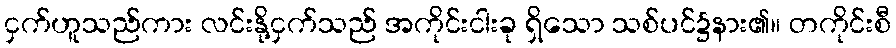
ငှက်ဟူသည်ကား လင်းနို့ငှက်သည် အကိုင်းငါးခု ရှိသော သစ်ပင်၌နား၏။ တကိုင်းစီ